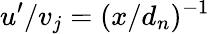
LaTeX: u^{\prime}/v_{j}=(x/d_{n})^{-1}